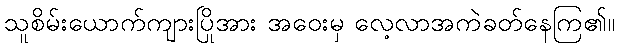
သူစိမ်းယောက်ကျားပြိုအား အဝေးမှ လေ့လာအကဲခတ်နေကြ၏။